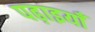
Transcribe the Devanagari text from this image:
पढ़ाइयाँ